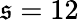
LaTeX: \mathfrak{s}=12